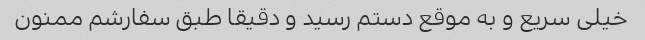
خیلی سریع و به موقع دستم رسید و دقیقا طبق سفارشم ممنون